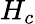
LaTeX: H_{c}